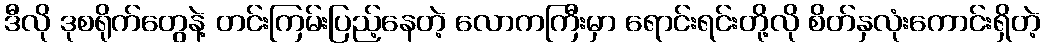
ဒီလို ဒုစရိုက်တွေနဲ့ တင်းကြမ်းပြည့်နေတဲ့ လောကကြီးမှာ ရောင်းရင်းတို့လို စိတ်နှလုံးကောင်းရှိတဲ့